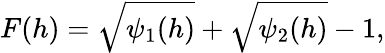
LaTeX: F(h)=\sqrt{\psi_{1}(h)}+\sqrt{\psi_{2}(h)}-1,